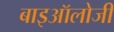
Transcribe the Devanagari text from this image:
बाइऑलोजी